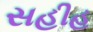
સહીહ